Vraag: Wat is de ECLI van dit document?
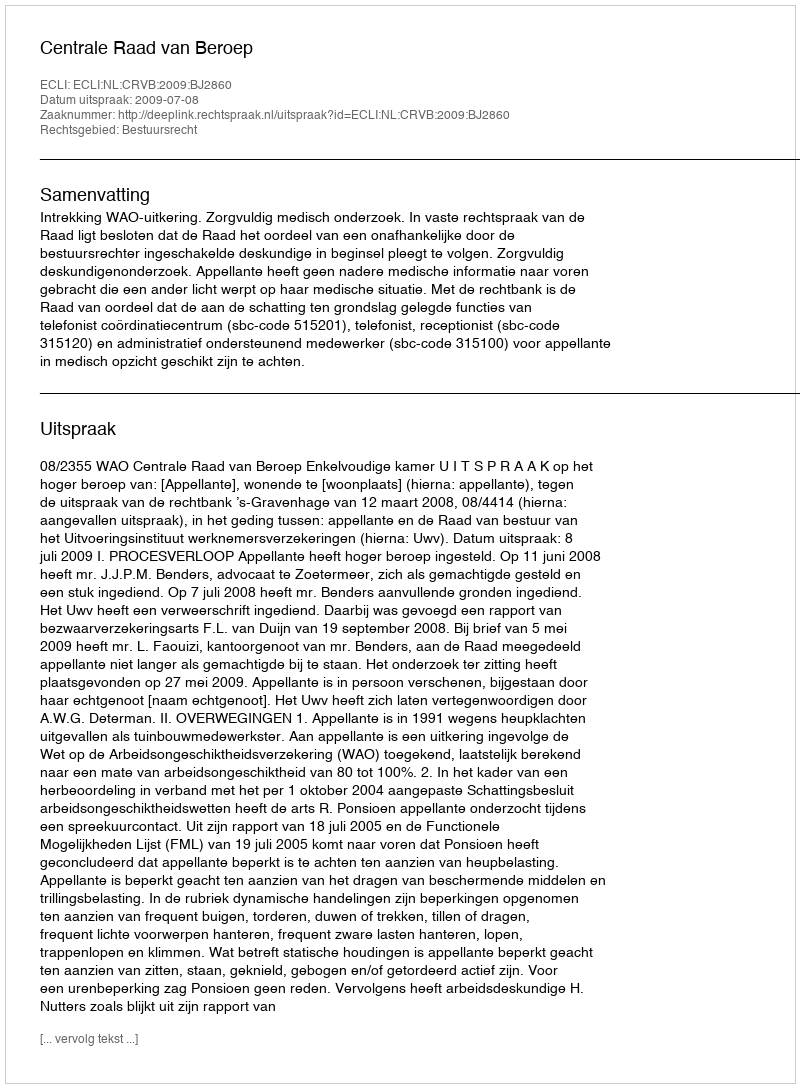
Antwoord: ECLI:NL:CRVB:2009:BJ2860